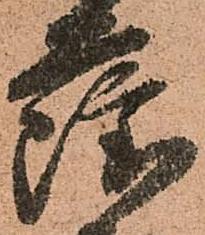
薩